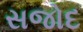
સજોદ